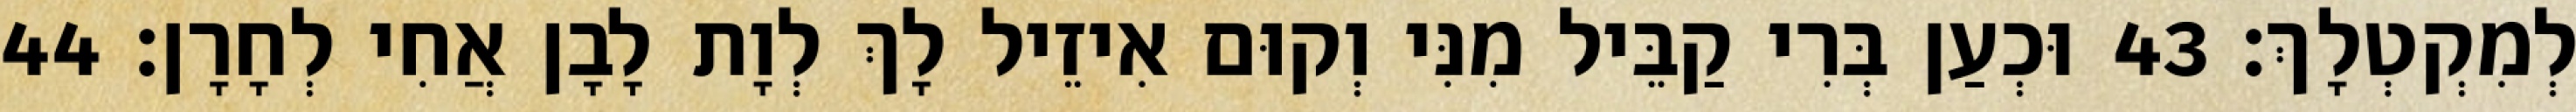
לְמִקְטְלָךְ׃ 43 וּכְעַן בְּרִי קַבֵּיל מִנִּי וְקוּם אִיזֵיל לָךְ לְוָת לָבָן אֲחִי לְחָרָן׃ 44